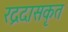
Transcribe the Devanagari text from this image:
रद्रदासकृत